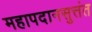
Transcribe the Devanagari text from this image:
महापदानसुत्तंत